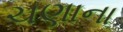
ચણાના